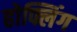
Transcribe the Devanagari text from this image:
होफ्लिंग